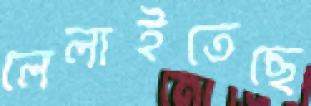
লেলাইতেছে